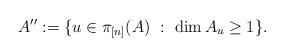
LaTeX: \begin{align*}A'':=\{ u \in \pi_{[n]}(A)\ : \ \dim A_{u} \geq 1\}.\end{align*}